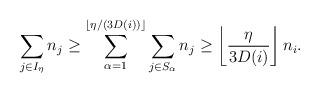
LaTeX: \begin{align*} \sum_{j \in I_\eta} n_j \ge \sum_{\alpha = 1}^{\lfloor \eta/(3D(i))\rfloor} \sum_{j \in S_{\alpha}} n_j \ge \left\lfloor\frac{\eta}{3D(i)}\right\rfloor n_i. \end{align*}